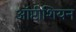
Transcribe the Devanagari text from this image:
ऑप्टीशियन